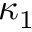
\kappa _ { 1 }